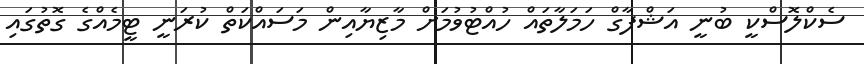
ސެކްލޮސްކީ ބުނީ އަޝްފާގް ހަމަލާތައް ހުއްޓުވުމަށް މާޒިޔާއިން މަސައްކަތް ކުރަނީ ޓީމެއްގެ ގޮތުގައި